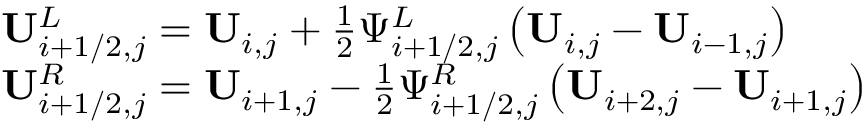
\begin{array} { r l } & { \mathbf { U } _ { i + 1 / 2 , j } ^ { L } = \mathbf { U } _ { i , j } + \frac { 1 } { 2 } \Psi _ { i + 1 / 2 , j } ^ { L } \left( \mathbf { U } _ { i , j } - \mathbf { U } _ { i - 1 , j } \right) } \\ & { \mathbf { U } _ { i + 1 / 2 , j } ^ { R } = \mathbf { U } _ { i + 1 , j } - \frac { 1 } { 2 } \Psi _ { i + 1 / 2 , j } ^ { R } \left( \mathbf { U } _ { i + 2 , j } - \mathbf { U } _ { i + 1 , j } \right) } \end{array}